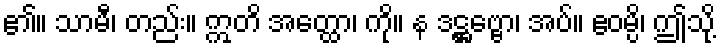
၏။ သာမီ၊ တည်း။ ဣတိ အတ္ထော၊ ကို။ န ဒဋ္ဌဗ္ဗော၊ အပ်။ ဧဝမ္ပိ၊ ဤသို့